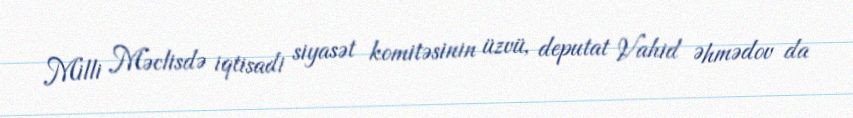
Milli Məclisdə iqtisadi siyasət komitəsinin üzvü, deputat Vahid Əhmədov da